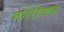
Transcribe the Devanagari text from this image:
गनेरीवाला